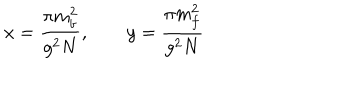
LaTeX: x = \frac { \pi m _ { b } ^ { 2 } } { g ^ { 2 } N } , \qquad y = \frac { \pi m _ { f } ^ { 2 } } { g ^ { 2 } N }